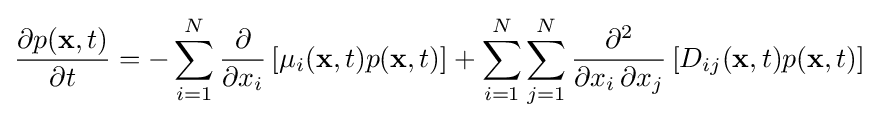
{\frac {\partial p(\mathbf {x} ,t)}{\partial t}}=-\sum _{i=1}^{N}{\frac {\partial }{\partial x_{i}}}\left[\mu _{i}(\mathbf {x} ,t)p(\mathbf {x} ,t)\right]+\sum _{i=1}^{N}\sum _{j=1}^{N}{\frac {\partial ^{2}}{\partial x_{i}\,\partial x_{j}}}\left[D_{ij}(\mathbf {x} ,t)p(\mathbf {x} ,t)\right]